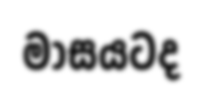
මාසයටද